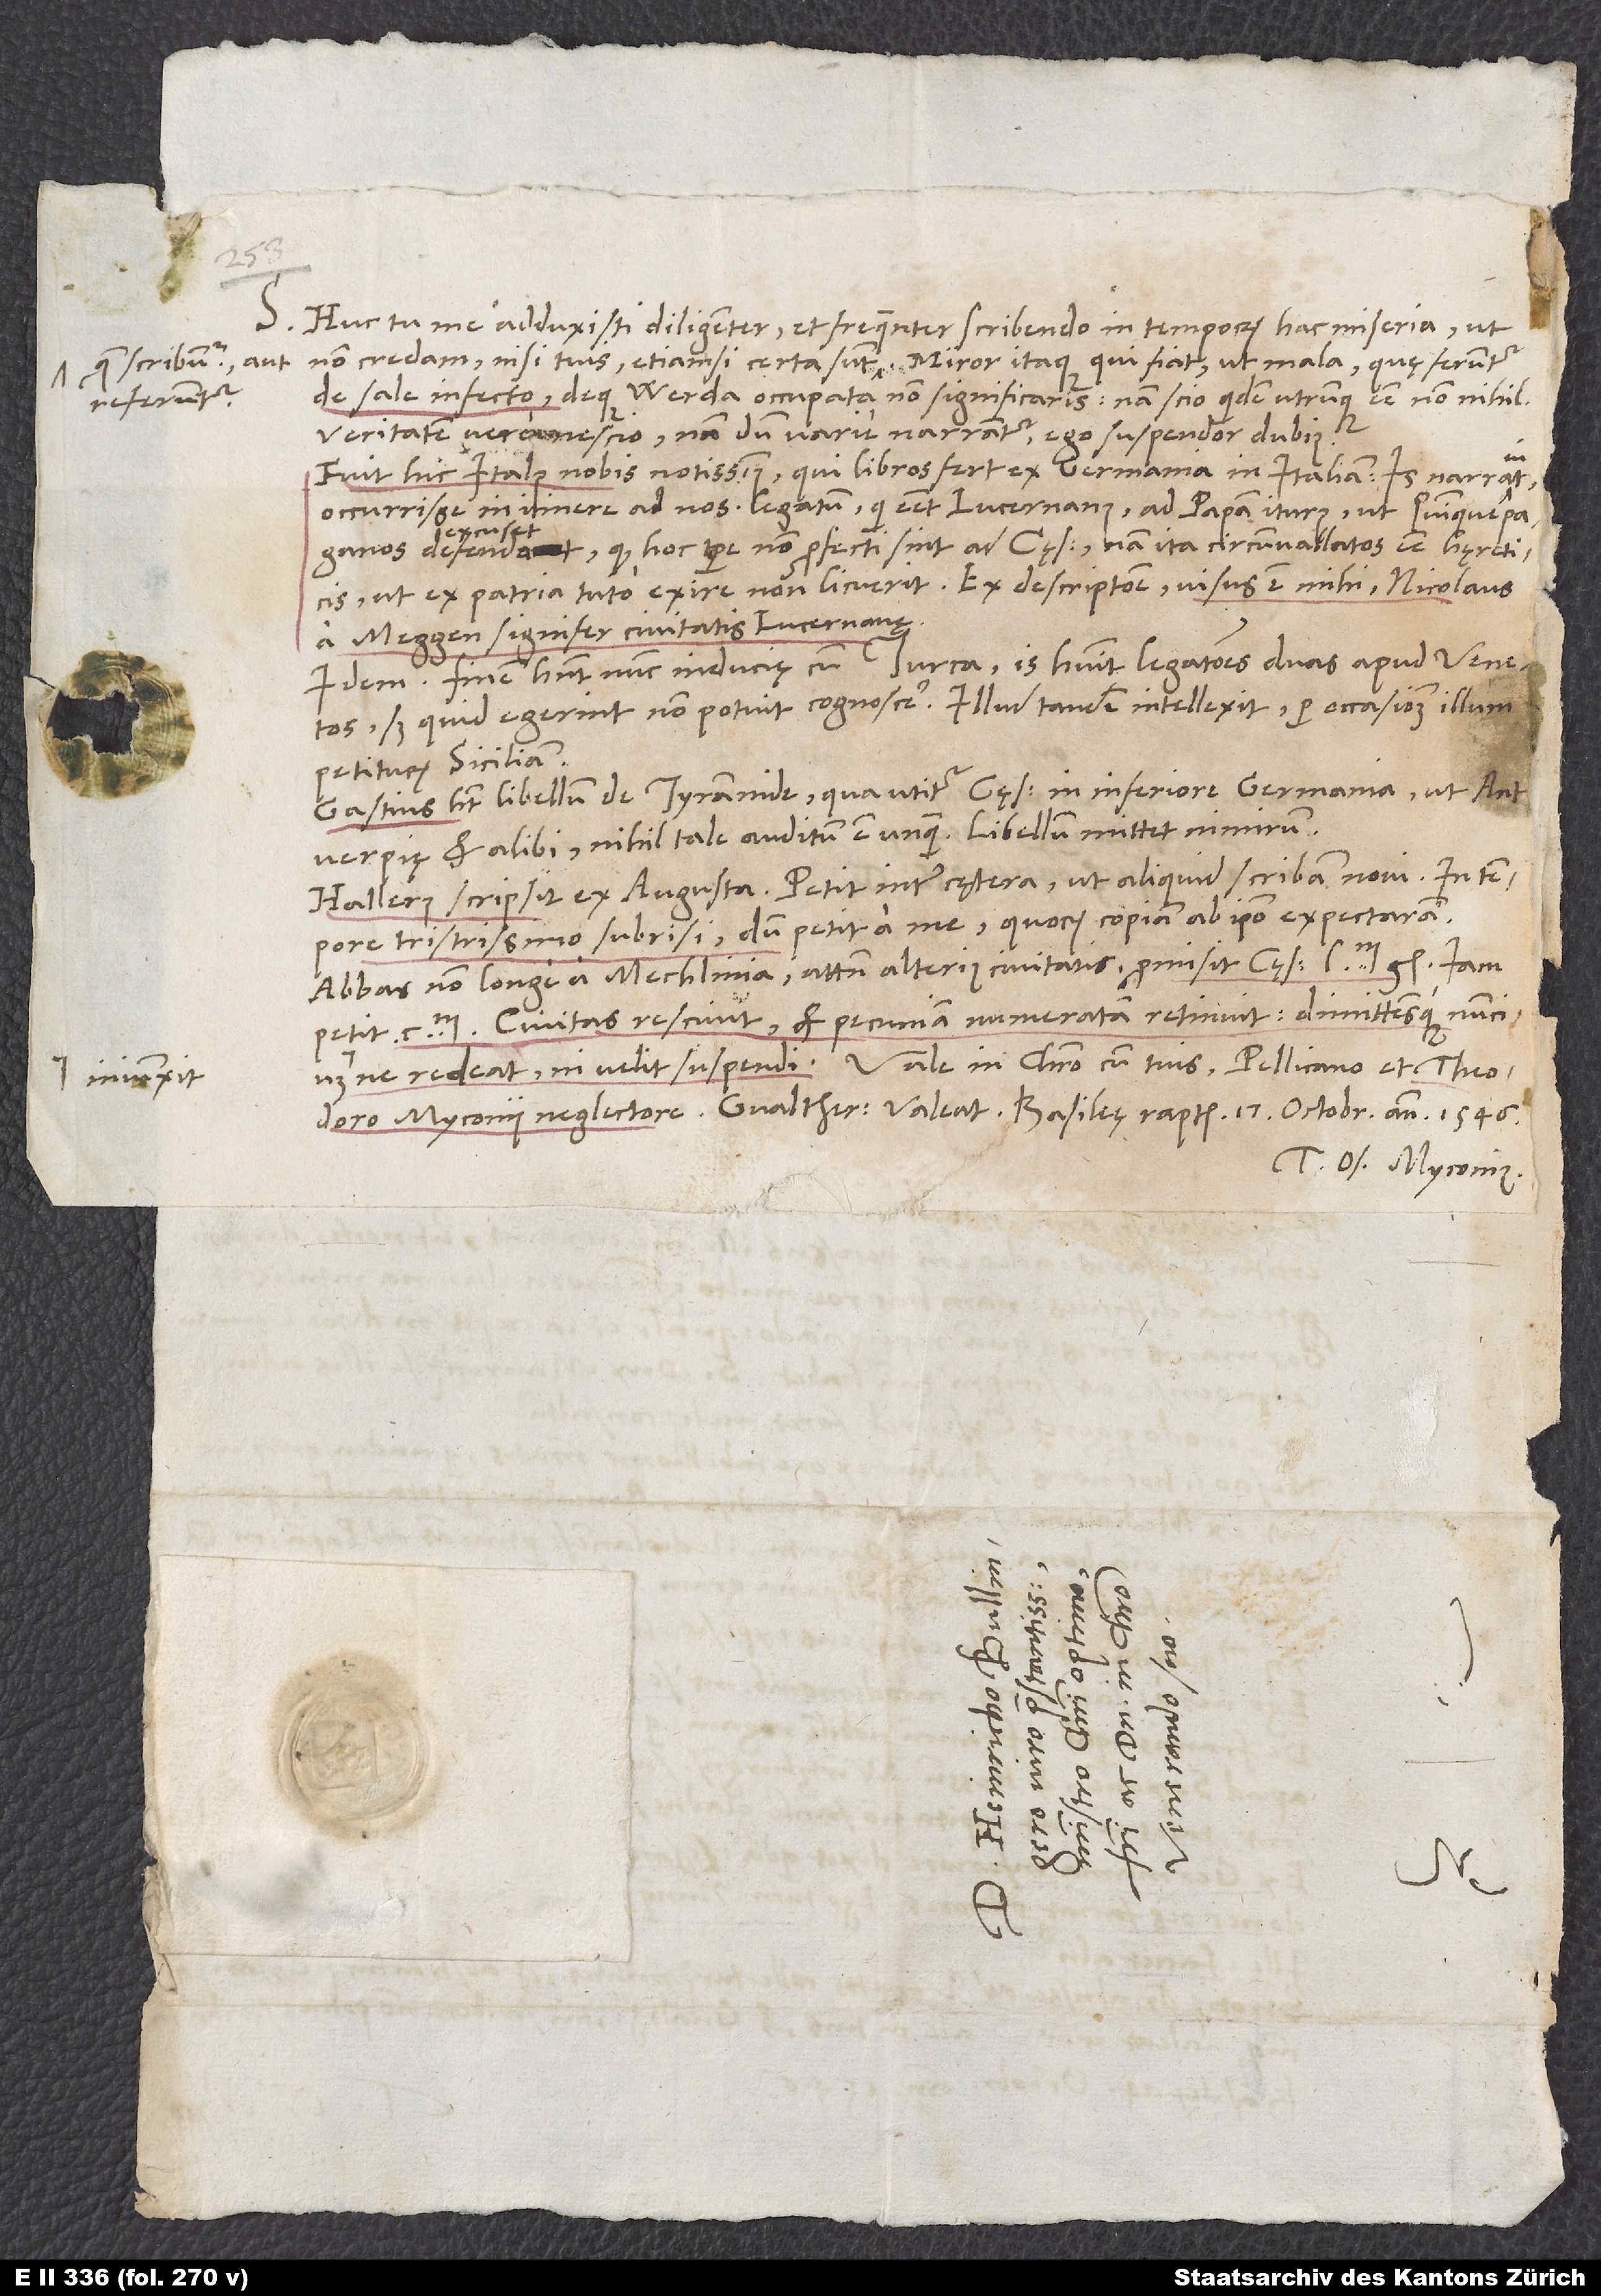
S. Huc tu me adduxisti diligenter et frequenter scribendo in temporum hac miseria, ut
quae scribuntur aut
de sale infecto deque Werda occupata, non significaris, nam scio quidem utrumque esse nonnihil;
referuntur.
veritatem vero nescio. Nam dum varie narrantur, ego suspendor dubius.
Fuit hic Italus nobis notissimus, qui libros fert ex Germania in Italiam. Is narravit
occurrisse in itinere ad nos legatum, qui esset Lucernanus, ad papam iturus, ut Quinquepaganos
defendat, quod hoc tempore non profecti sint ad cęsarem; nam ita circumvallatos esse hęreticis,
ut ex patria tuto exire non licuerit. Ex descriptione visus est mihi Nicolaus
a Meggen, signifer civitatis Lucernanę.
Idem: Finem habent nunc inducię cum Turca. Is habuit legationes duas apud Venetos,
sed quid egerint, non potuit cognoscere. Illud tandem intellexit: Per occasionem illum
petiturum Siciliam.
Gastius habet libellum de tyrannide, qua utitur cęsar in Inferiore Germania ut
Antverpię et alibi. Nihil tale auditum est unquam. Libellum mittet nimirum.
Hallerus scripsit ex Augusta. Petit inter cętera, ut aliquid scribam novi. In tempore
tristissimo subrisi, dum petit ad me, quorum copiam ab ipso expectaram.
Abbas non longe a Mechlinia, attamen alterius civitatis, promisit cęsari 50’000 gl. Iam
Civitas rescivit et pecuniam numeratam retinuit, dimittensque nuncium
iniunxit,
Myconii neglectore! Gvaltherus valeat! Basileę raptim, 17. octobris anno 1546.
Tuus Os. Myconius.